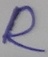
Text: R